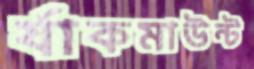
র‍্যাকমাউন্ট